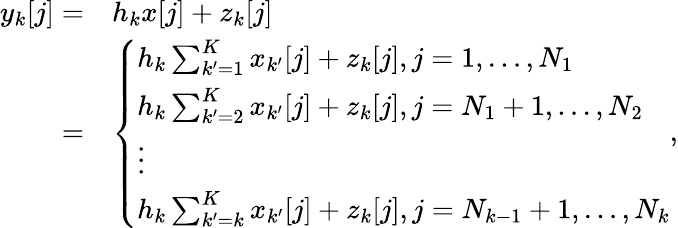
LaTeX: \begin{array}{rl}{y_{k}[j]=}&{h_{k}x[j]+z_{k}[j]}\\ {=}&{\left\{ {\begin{array}{l}{h_{k}\sum_{k^{\prime}=1}^{K}x_{k^{\prime}}[j]+z_{k}[j],j=1,\ldots,N_{1}}\\ {h_{k}\sum_{k^{\prime}=2}^{K}x_{k^{\prime}}[j]+z_{k}[j],j=N_{1}+1,\ldots,N_{2}}\\ {\vdots}\\ {h_{k}\sum_{k^{\prime}=k}^{K}x_{k^{\prime}}[j]+z_{k}[j],j=N_{k-1}+1,\ldots,N_{k}}\end{array}}\right.,}\end{array}